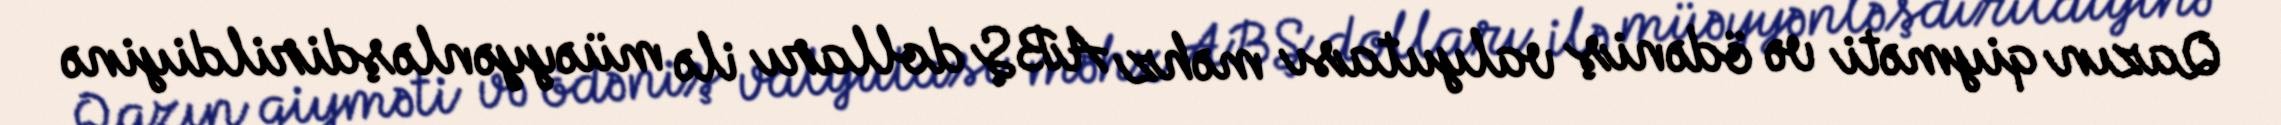
Qazın qiyməti və ödəniş valyutası məhz ABŞ dolları ilə müəyyənləşdirildiyinə